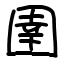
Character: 圉